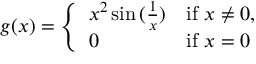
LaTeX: g ( x ) = { \left\{ \begin{array} { l l } { x ^ { 2 } \sin { ( { \frac { 1 } { x } } ) } } & { { \mathrm { i f ~ } } x \neq 0 , } \\ { 0 } & { { \mathrm { i f ~ } } x = 0 } \end{array} \right. }